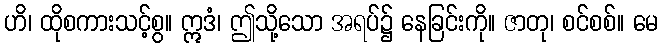
ဟိ၊ ထိုစကားသင့်စွ။ ဣဒံ၊ ဤသို့သော အရပ်၌ နေခြင်းကို။ ဇာတု၊ စင်စစ်။ မေ